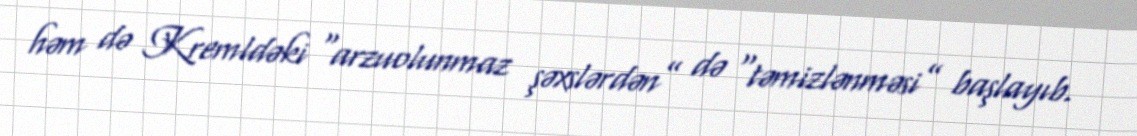
həm də Kremldəki “arzuolunmaz şəxslərdən” də “təmizlənməsi” başlayıb.